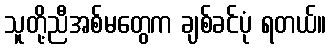
သူတို့ညီအစ်မတွေက ချစ်ခင်ပုံ ရတယ်။